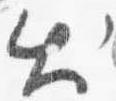
出